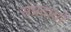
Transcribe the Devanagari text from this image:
संप्रदायो